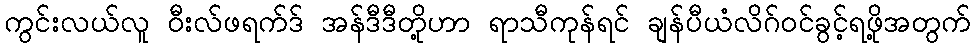
ကွင်းလယ်လူ ဝီးလ်ဖရက်ဒ် အန်ဒီဒီတို့ဟာ ရာသီကုန်ရင် ချန်ပီယံလိဂ်ဝင်ခွင့်ရဖို့အတွက်